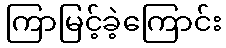
ကြာမြင့်ခဲ့ကြောင်း